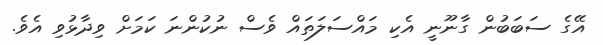
އޭގެ ސަބަބުން ގާނޫނީ އެކި މައްސަލަތައް ވެސް ނުކުންނަ ކަމަށް ވިދާޅުވި އެވެ.